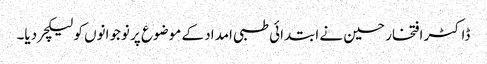
ڈاکٹر افتخار حسین نے ابتدائی طبی امداد کے موضوع پر نوجوانوں کو لیکچر دیا۔